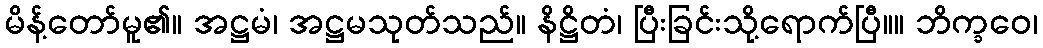
မိန့်တော်မူ၏။ အဋ္ဌမံ၊ အဋ္ဌမသုတ်သည်။ နိဋ္ဌိတံ၊ ပြီးခြင်းသို့ရောက်ပြီ။။ ဘိက္ခဝေ၊